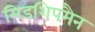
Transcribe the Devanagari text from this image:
मिडशिपमैन